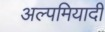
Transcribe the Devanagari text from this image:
अल्पमियादी